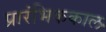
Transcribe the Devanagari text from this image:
प्रारंभिककाल